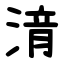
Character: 湇